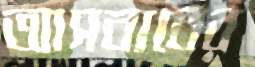
আসবাবের